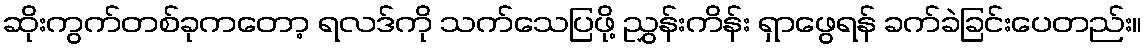
ဆိုးကွက်တစ်ခုကတော့ ရလဒ်ကို သက်သေပြဖို့ ညွှန်းကိန်း ရှာဖွေရန် ခက်ခဲခြင်းပေတည်း။